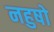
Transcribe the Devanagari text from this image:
नहुषो